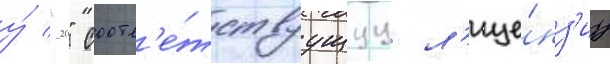
у́ "20" соотв'е́тствуущуу л'ице́нз'иу